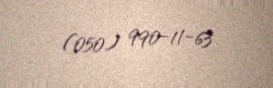
(050) 990-11-63